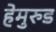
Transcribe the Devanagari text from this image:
हेमुरुड